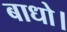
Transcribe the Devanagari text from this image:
बाधो।